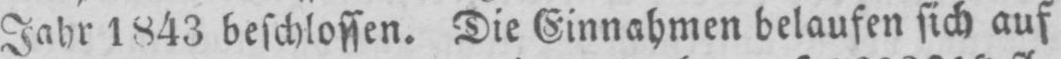
Jahr 1843 beschlossen. Die Einnahmen belaufen sich auf